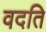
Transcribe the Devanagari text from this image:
वदति